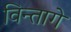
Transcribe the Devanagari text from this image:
विन्तागे